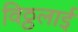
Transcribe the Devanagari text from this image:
विठ्ठलाई